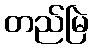
တည်မြဲ